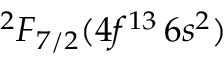
{ ^ 2 F } _ { 7 / 2 } ( 4 f ^ { 1 3 } \, 6 s ^ { 2 } )